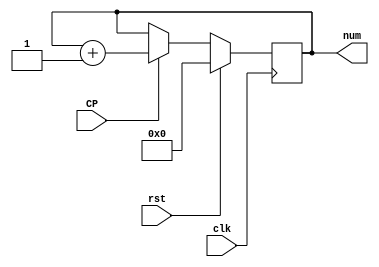
/******************************************************************************************
Author:  
E-mail 1390000666@qq.com
Device:  DSE-EP2C5
Tool:    Quartus 9.0
Function:1
Version: 2022-3-3 v1.0
********************************************************************************************/
module count(CP,clk,num,rst);
input clk,rst,CP;
output reg [3:0] num;

always @(negedge clk)
	begin
	if(!rst)
		begin
		if(CP==1) num=num+4'b0001;
		end
	else
		num=4'b0000;
	end

endmodule